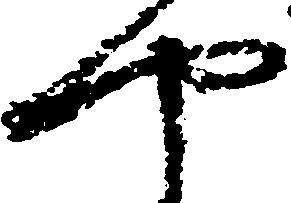
や